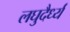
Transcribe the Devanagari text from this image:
लघुदैर्ध्य